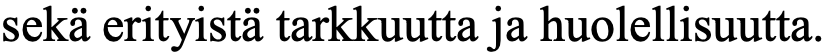
sekä erityistä tarkkuutta ja huolellisuutta.